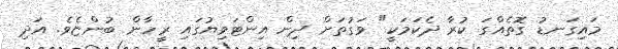
މައިގަނޑު ގޮތެއްގަ ކުރާ ދެކަމަކީ" ވަގުތަށް ދިން އިންޓަވިޔުގައި ރީހާން ބުންޏެވެ. އަދި